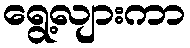
ရွေ့လျားကာ